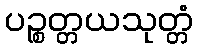
ပဉ္စတ္တယသုတ္တံ